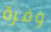
وفرة